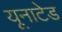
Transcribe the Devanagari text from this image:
यूनाटेड